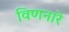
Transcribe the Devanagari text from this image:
विणनारे